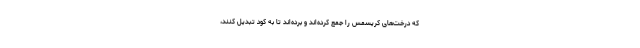
که درخت‌های کریسمس را جمع کرده‌اند و برده‌اند تا به کود تبدیل کنند،